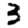
Digit: 3